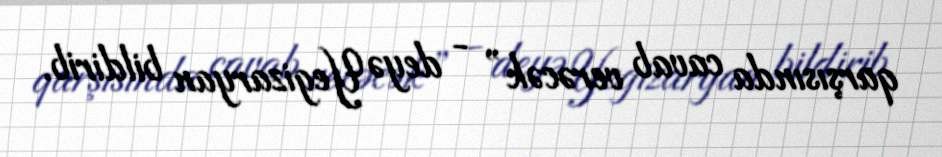
qarşısında cavab verəcək” - deyə Yegizaryan bildirib.